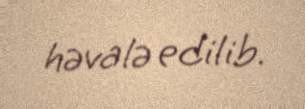
həvalə edilib.